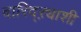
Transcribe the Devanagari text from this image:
दारिद्ऱ्याशी